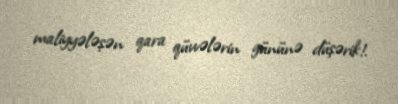
maliyyələşən qara qüvvələrin gününə düşərik!.